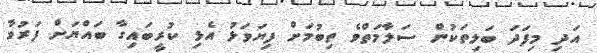
އަދި މިފަދަ ބަލިތަކުން ސަލާމަތްވެ ތިބުމަށް ފިޔަވަޅު އެޅި ކުރީބައިގާ ބައްޔަށް ފަރުވާ